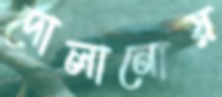
দোলানোয়